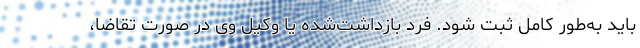
باید به‌طور کامل ثبت شود. فرد بازداشت‌شده یا وکیل وی در صورت تقاضا،